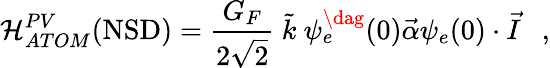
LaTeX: {\cal H}_{ATOM}^{PV}(\mathrm{NSD})={\frac{G_{F}}{2\sqrt 2}}\ {\tilde{k}}\ \psi_{e}^{\dag}(0){\vec{\alpha}}\psi_{e}(0)\cdot{\vec{I}}\ \ \ ,